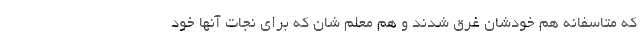
که متاسفانه هم خودشان غرق شدند و هم معلم شان که برای نجات آنها خود